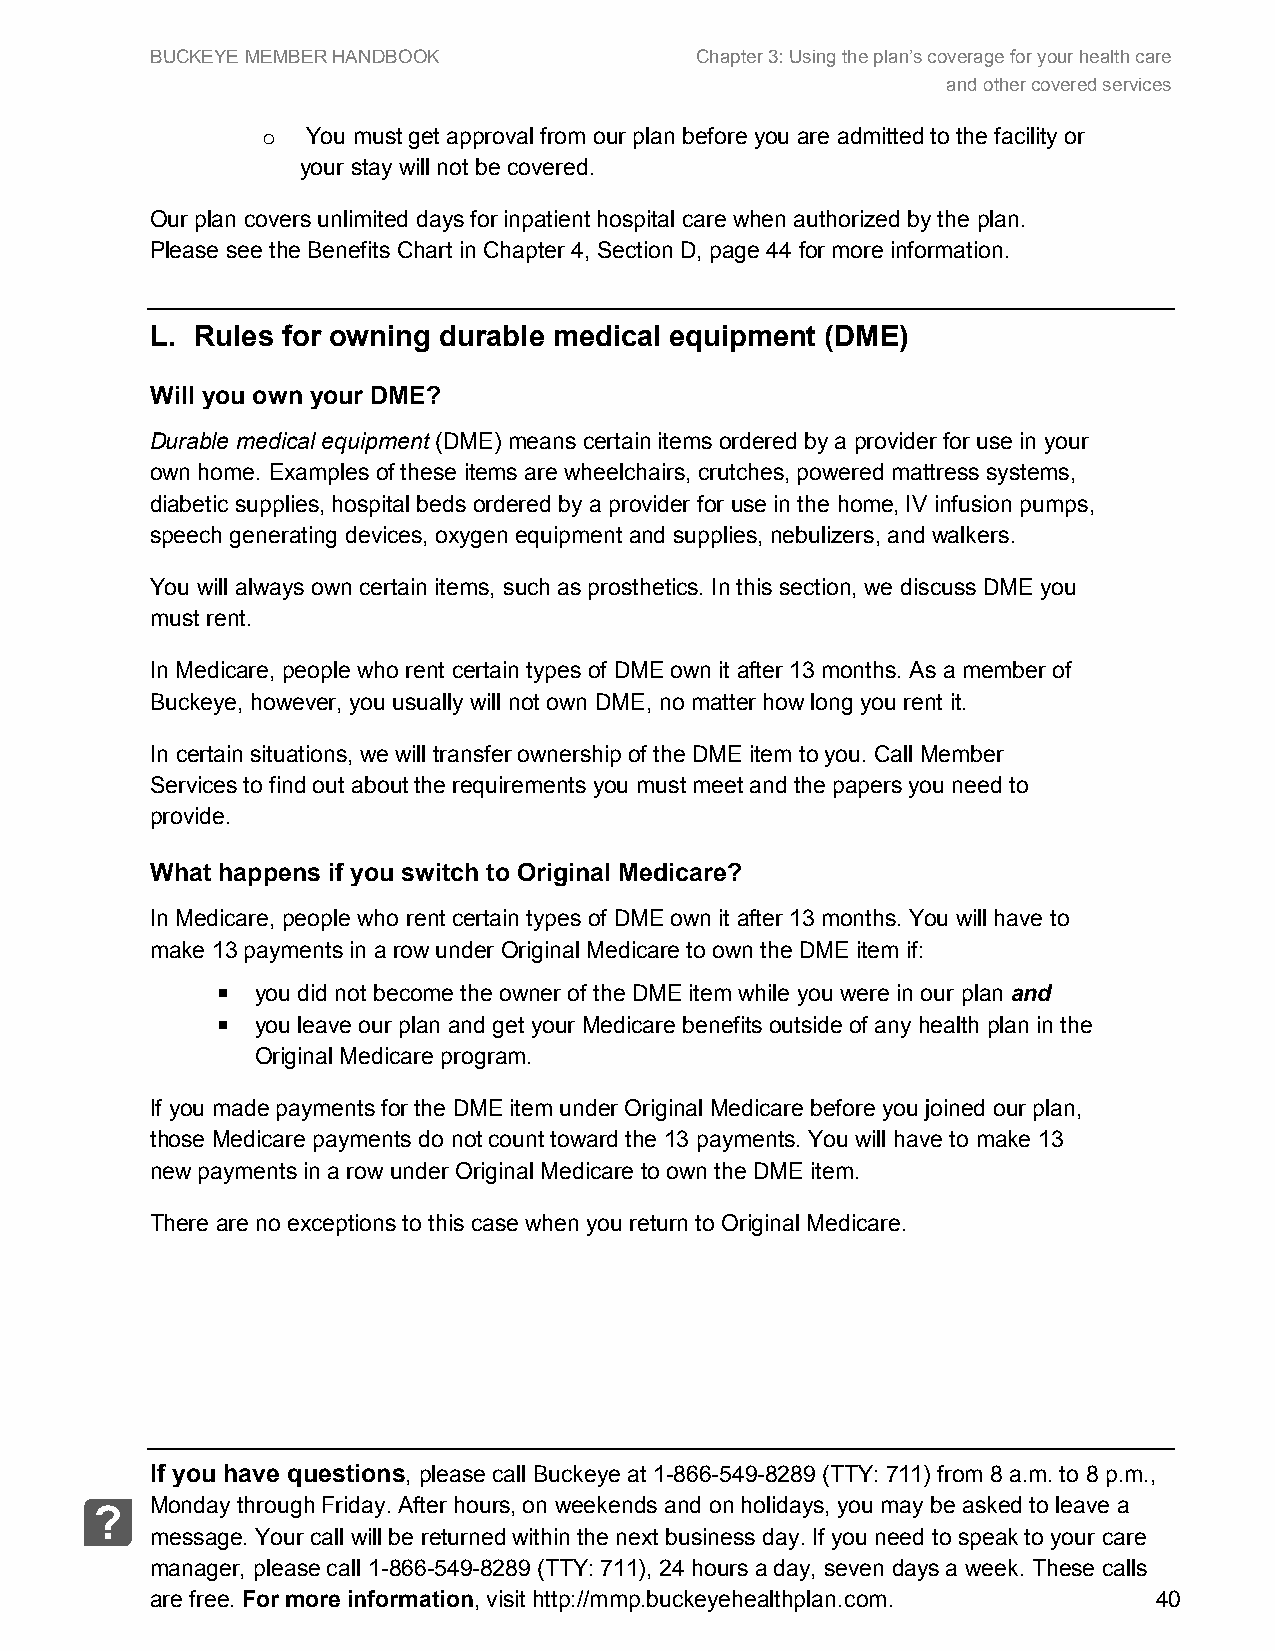
BUCKEYE MEMBER HANDBOOK             Chapter 3: Using the plan’s coverage for your health care
 and other covered services
 You must get approva l from our plan before you are admitted to the facility or
 o
 your stay will not be covered.
 Our plan covers unlimited days for inpatient hospital care when authorized by the plan.
 Please see the Benefits Chart in Chapter 4, Section D, page 44 for more information.
 L. Rules for owning durable medical equipment (DME)
 Will you own your DME?
 Durable medical equipment (DME) means certain items ordered by a provider for use in your
 own home. Examples of these items are wheelchairs, crutches, powered mattress systems,
 diabetic supplies, hospital beds ordered by a provider for use in the home, IV infusion pumps,
 speech generating devices, oxygen equipment and supplies, nebulizers, and walkers.
 You will always own certain items, such as prosthetics. In this section, we discuss DME you
 must rent.
 In Medicare, people who rent certain types of DME own it after 13 months. As a member of
 Buckeye, however, you usually will not own DME, no matter how long you rent it.
 In certain situations, we will transfer ownership of the DME item to you. Call Member
 Services to find out about the requirements you must meet and the papers you need to
 provide.
 What happens if you switch to Original Medicare?
 In Medicare, people who rent certain types of DME own it after 13 months. You will have to
 make 13 payments in a row under Original Medicare to own the DME item if:
   you did not become the owner of the DME item while you were in our plan and
   you leave our plan and get your Medicare benefits outside of any health plan in the
 Original Medicare program.
 If you made payments for the DME item under Original Medicare before you joined our plan,
 those Medicare payments do not count toward the 13 payments. You will have to make 13
 new payments in a row under Original Medicare to own the DME item.
 There are no exceptions to this case when you return to Original Medicare.
 If you have questions, please call Buckeye at 1-866-549-8289 (TTY: 711) from 8 a.m. to 8 p.m.,
 Monday through Friday. After hours, on weekends and on holidays, you may be asked to leave a
 ?
 message. Your call will be returned within the next business day. If you need to speak to your care
 manager, please call 1-866-549-8289 (TTY: 711), 24 hours a day, seven days a week. These calls
 are free. For more information, visit http://mmp.buckeyehealthplan.com. 40